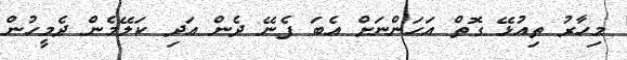
މިހާރު ތިއުޅޭ ގޮތް އަހަންނަށް އެބަ ފެނޭ ދެން އަދި ކަލޭމެން ދެމީހުން